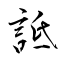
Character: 詆